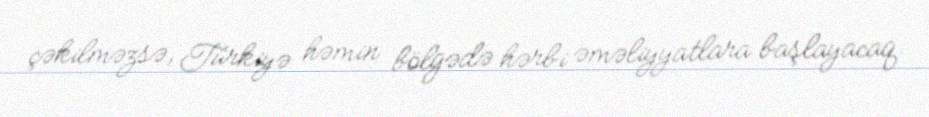
çəkilməzsə, Türkiyə həmin bölgədə hərbi əməliyyatlara başlayacaq.